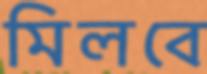
মিলবে